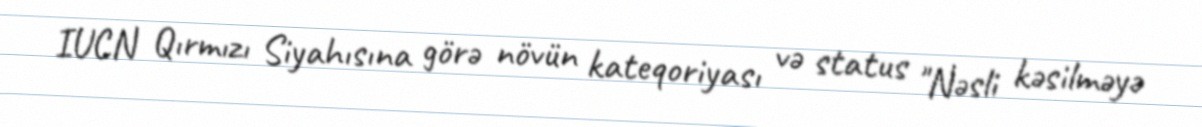
IUCN Qırmızı Siyahısına görə növün kateqoriyası və status "Nəsli kəsilməyə